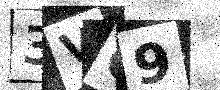
Text: 3V69